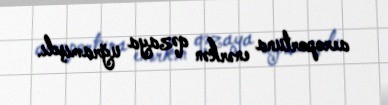
aeroportuna enərkən qəzaya uğramışdı.